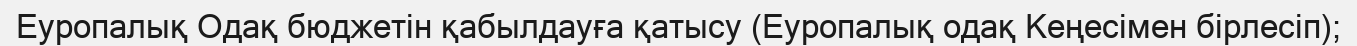
Еуропалық Одақ бюджетін қабылдауға қатысу (Еуропалық одақ Кеңесімен бірлесіп);